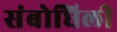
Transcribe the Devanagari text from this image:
संबोधिली